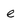
Character: e